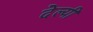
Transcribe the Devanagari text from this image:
देल्यी